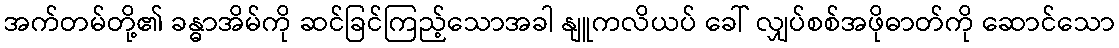
အက်တမ်တို့၏ ခန္ဓာအိမ်ကို ဆင်ခြင်ကြည့်သောအခါ နျူကလိယပ် ခေါ် လျှပ်စစ်အဖိုဓာတ်ကို ဆောင်သော